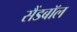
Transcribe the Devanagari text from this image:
सैंडबॉल